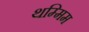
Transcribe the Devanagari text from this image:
थम्मिम